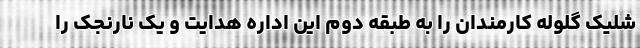
شلیک گلوله کارمندان را به طبقه دوم این اداره هدایت و یک نارنجک را